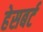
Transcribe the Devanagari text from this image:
हेसबर्ट